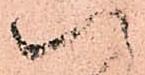
八